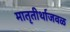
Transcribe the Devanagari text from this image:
मातृतीर्थाजवळ